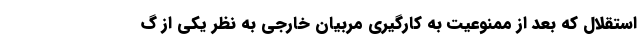
استقلال که بعد از ممنوعیت به کارگیری مربیان خارجی به نظر یکی از گ